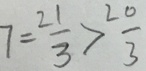
7 = \frac { 2 1 } { 3 } > \frac { 2 0 } { 3 }